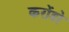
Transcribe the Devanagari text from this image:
करोंडो